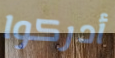
أدركوا